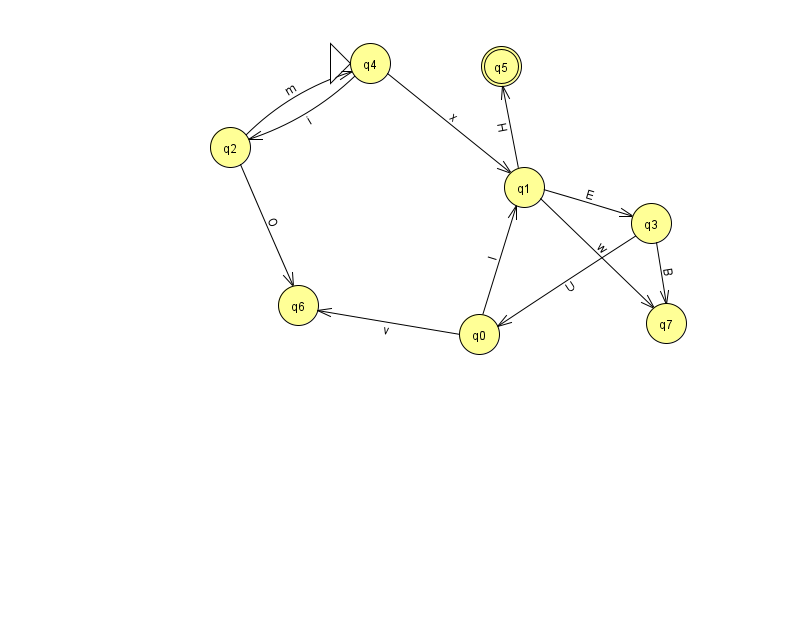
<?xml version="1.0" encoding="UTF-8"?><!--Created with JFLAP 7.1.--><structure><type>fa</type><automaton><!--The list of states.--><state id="0" name="q0"><x>479.0</x><y>321.0</y></state><state id="1" name="q1"><x>524.0</x><y>174.0</y></state><state id="2" name="q2"><x>230.0</x><y>134.0</y></state><state id="3" name="q3"><x>651.0</x><y>210.0</y></state><state id="4" name="q4"><x>370.0</x><y>50.0</y><initial/></state><state id="5" name="q5"><x>501.0</x><y>53.0</y><final/></state><state id="6" name="q6"><x>298.0</x><y>292.0</y></state><state id="7" name="q7"><x>666.0</x><y>310.0</y></state><!--The list of transitions.--><transition><from>3</from><to>7</to><read>B</read></transition><transition><from>3</from><to>0</to><read>U</read></transition><transition><from>0</from><to>1</to><read>I</read></transition><transition><from>1</from><to>5</to><read>H</read></transition><transition><from>4</from><to>2</to><read>i</read></transition><transition><from>4</from><to>1</to><read>x</read></transition><transition><from>1</from><to>3</to><read>E</read></transition><transition><from>2</from><to>4</to><read>m</read></transition><transition><from>0</from><to>6</to><read>v</read></transition><transition><from>1</from><to>7</to><read>w</read></transition><transition><from>2</from><to>6</to><read>O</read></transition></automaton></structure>